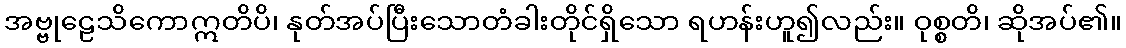
အဗ္ဗုဠေသိကောဣတိပိ၊ နုတ်အပ်ပြီးသောတံခါးတိုင်ရှိသော ရဟန်းဟူ၍လည်း။ ဝုစ္စတိ၊ ဆိုအပ်၏။